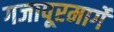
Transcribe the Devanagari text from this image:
गजापूरमार्गे